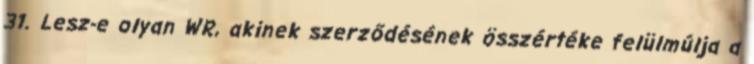
31. Lesz-e olyan WR, akinek szerződésének összértéke felülmúlja a